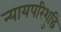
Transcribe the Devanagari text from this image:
न्यायपरिशुद्धि